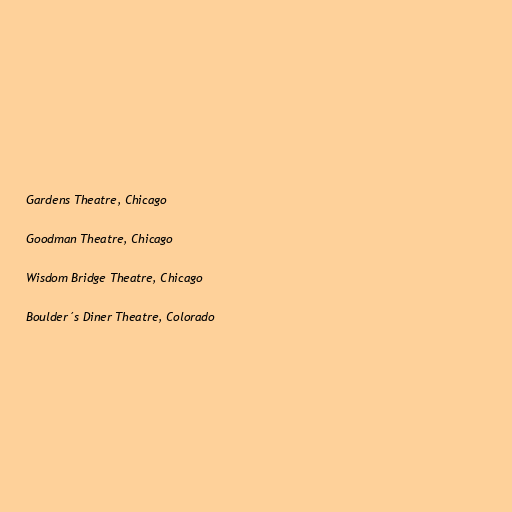
Gardens Theatre, Chicago

Goodman Theatre, Chicago

Wisdom Bridge Theatre, Chicago

Boulder´s Diner Theatre, Colorado